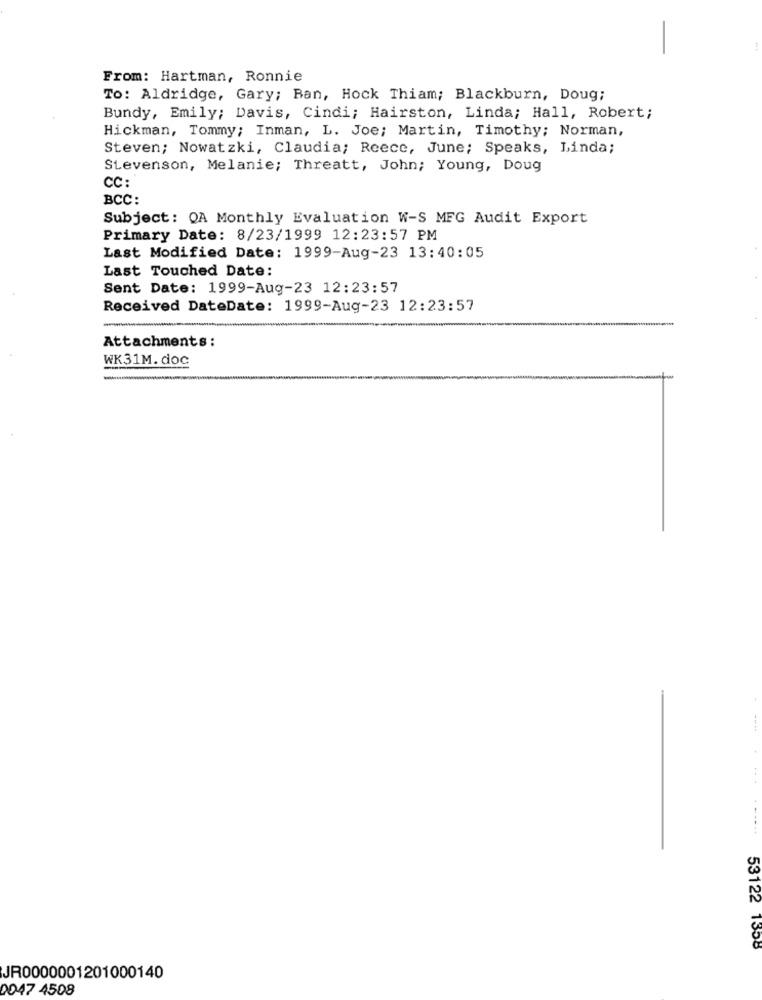
From: Hartman, Ronnie
To: Aldridge, Gary; Ban, Hock Thiam; Blackburn, Doug;
Bundy, Emily; Davis, Cindi; Hairston, Linda; Hall, Robert;
Hickman, Tommy; Inman, L. Joe; Martin, Timothy; Norman,
Steven; Nowatzki, Claudia; Reece, June; Speaks, Linda;
Stevenson, Melanie; Threatt, John; Young, Doug
CC:
BCC:
Subject: OA Monthly Evaluation W-S MFG Audit Export
Primary Date: 8/23/1999 12:23:57 PM
Last Modified Date: 1999-Aug-23 13:40:05
Last Touched Date:
Sent Date: 1999-Aug-23 12:23:57
Received DateDate: 1999-Aug-23 12:23:57
-
Attachments :
WK31M. doc
-
..
-----
53122 1358
JR0000001201000140
0047 4508